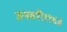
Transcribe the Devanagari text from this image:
जनवरी१९६३